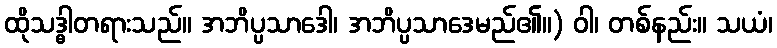
ထိုသဒ္ဓါတရားသည်။ အဘိပ္ပသာဒေါ၊ အဘိပ္ပသာဒေမည်၏။) ဝါ၊ တစ်နည်း။ သယံ၊